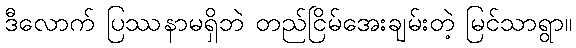
ဒီလောက် ပြဿနာမရှိဘဲ တည်ငြိမ်အေးချမ်းတဲ့ မြင်သာရွာ။